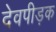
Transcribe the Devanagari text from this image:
देवपीड़क